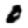
Digit: 0